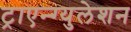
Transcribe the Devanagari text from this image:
ट्राएन्ग्युलेशन